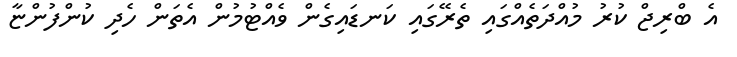
އެ ބްރިޖް ކުރު މުއްދަތެއްގައި ތެރޭގައި ކަނޑައިގެން ވެއްޓުމުން އެތަން ހެދި ކުންފުންޏާ